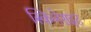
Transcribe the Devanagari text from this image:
स्किलेराइट